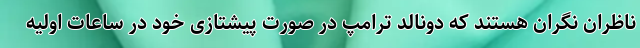
ناظران نگران هستند که دونالد ترامپ در صورت پیشتازی خود در ساعات اولیه